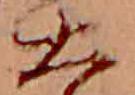
大